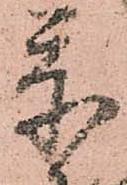
忝